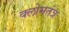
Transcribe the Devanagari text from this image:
क्लोमतंत्र